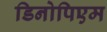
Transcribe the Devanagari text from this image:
डिनोपिएम